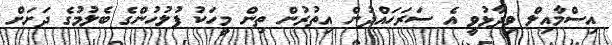
އިސްމާއިލް ވިދާޅުވީ އެ ސަރަހައްދުން އިތުރުން ތިން މީހަކު ފުލުހުންގެ ބެލުމުގެ ދަށަށް